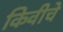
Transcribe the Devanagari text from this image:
किवीचे